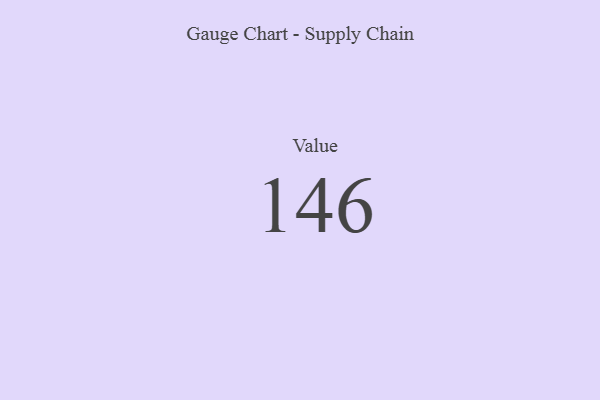
{"axis": {"x": "Metric", "y": "Value"}, "legend": [""], "data": [{"x": "Value", "y": 146, "type": ""}]}